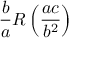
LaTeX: { \frac { b } { a } } R \left( { \frac { a c } { b ^ { 2 } } } \right)